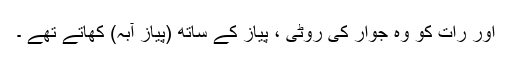
اور رات کو وہ جوار کی روٹی ، پیاز کے ساتھ (پیاز آبہ) کھاتے تھے ۔